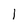
Character: 1